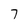
Character: 7